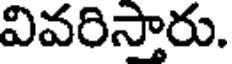
వివరిస్తారు.